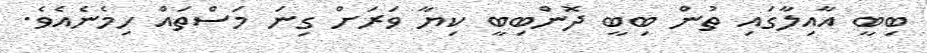
ބިބީ އާއިލާގައި ތުން ބިބީ ދޮންބިބީ ކިޔާ ވަރަށް ގިނަ މަސްތައް ހިމެނެއެވެ.